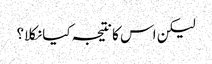
لیکن اس کا نتیجہ کیا نکلا؟